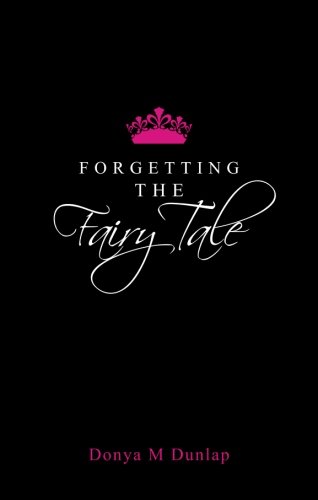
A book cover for Forgetting the Fairy Tale; Donya M Dunlap; Christian Books & Bibles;